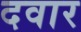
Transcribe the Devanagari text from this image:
दवार